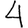
Digit: 4